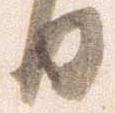
日